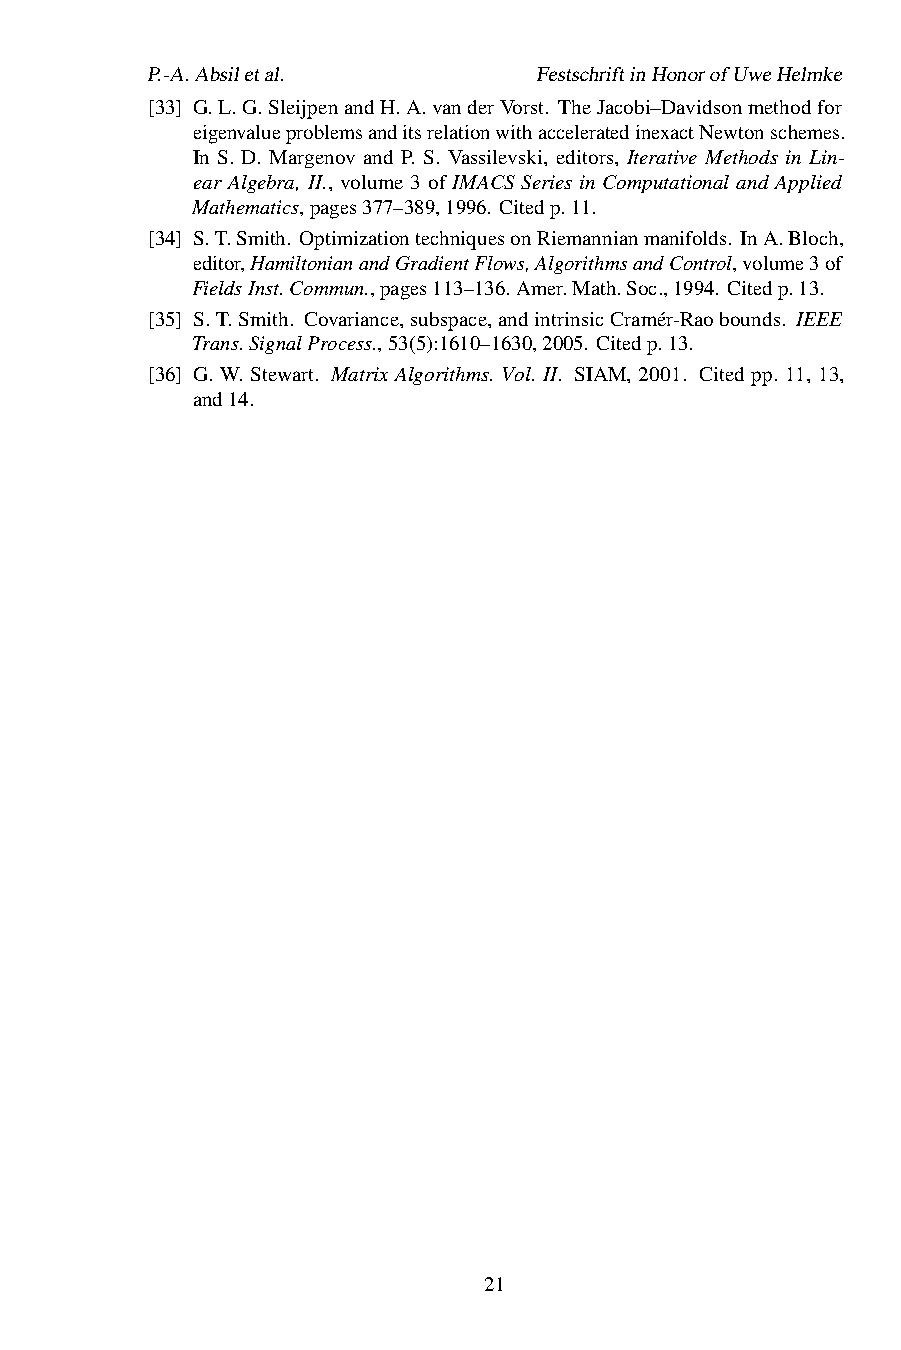
P.-A.Absiletal.           FestschriftinHonorofUweHelmke
 [33] G.L.G.SleijpenandH.A.vanderVorst. TheJacobi–Davidsonmethodfor
 eigenvalueproblemsanditsrelationwithacceleratedinexactNewtonschemes.
 In S. D. Margenov and P. S. Vassilevski, editors, Iterative Methods in Lin-
 ear Algebra, II., volume 3 of IMACS Series in Computational and Applied
 Mathematics,pages377–389,1996. Citedp.11.
 [34] S.T.Smith. OptimizationtechniquesonRiemannianmanifolds. InA.Bloch,
 editor,HamiltonianandGradientFlows,AlgorithmsandControl,volume3of
 FieldsInst.Commun.,pages113–136.Amer.Math.Soc.,1994. Citedp.13.
 [35] S.T.Smith. Covariance,subspace,andintrinsicCramér-Raobounds. IEEE
 Trans.SignalProcess.,53(5):1610–1630,2005. Citedp.13.
 [36] G. W. Stewart. Matrix Algorithms. Vol. II. SIAM, 2001. Cited pp. 11, 13,
 and14.
 21